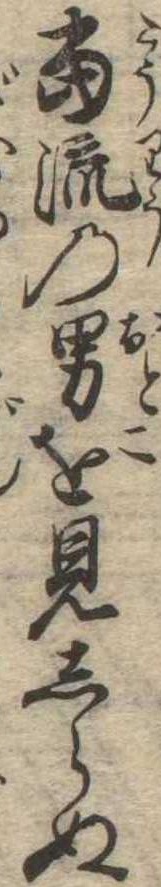
当流の男を見しらぬ